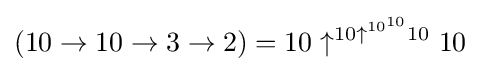
(10\to 10\to 3\to 2)=10\uparrow ^{10\uparrow ^{10^{10}}10}10